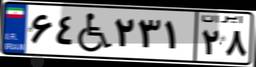
۶۴W۲۳۱۲۸